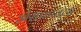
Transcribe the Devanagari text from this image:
अराफातला